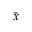
\bar { x }